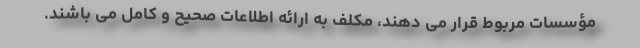
مؤسسات مربوط قرار می دهند، مکلف به ارائه اطلاعات صحیح و کامل می باشند.